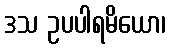
ဒသ ဥပပါရမိယော၊